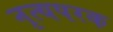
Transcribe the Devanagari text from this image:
नृत्यपरक